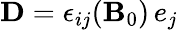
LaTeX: {\mathbf D}=\epsilon_{ij}({\mathbf B}_{0})\, e_{j}